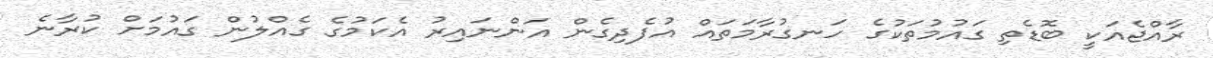
ރާއްޖެއަކީ ބޮޑެތި ގައުމުތަކުގެ ހަނގުރާމަތައް އުފެދިގެން އަންނައިރު އެކަމުގެ ގެއްލުން ގައުމަށް ކުރާނެ